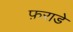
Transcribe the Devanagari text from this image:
फ़राडे